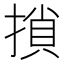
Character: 𢱡